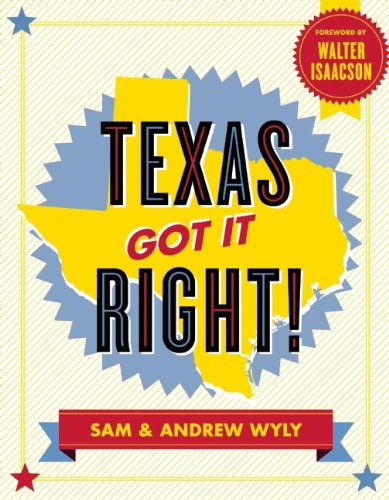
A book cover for Texas Got It Right!; Sam Wyly; Business & Money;